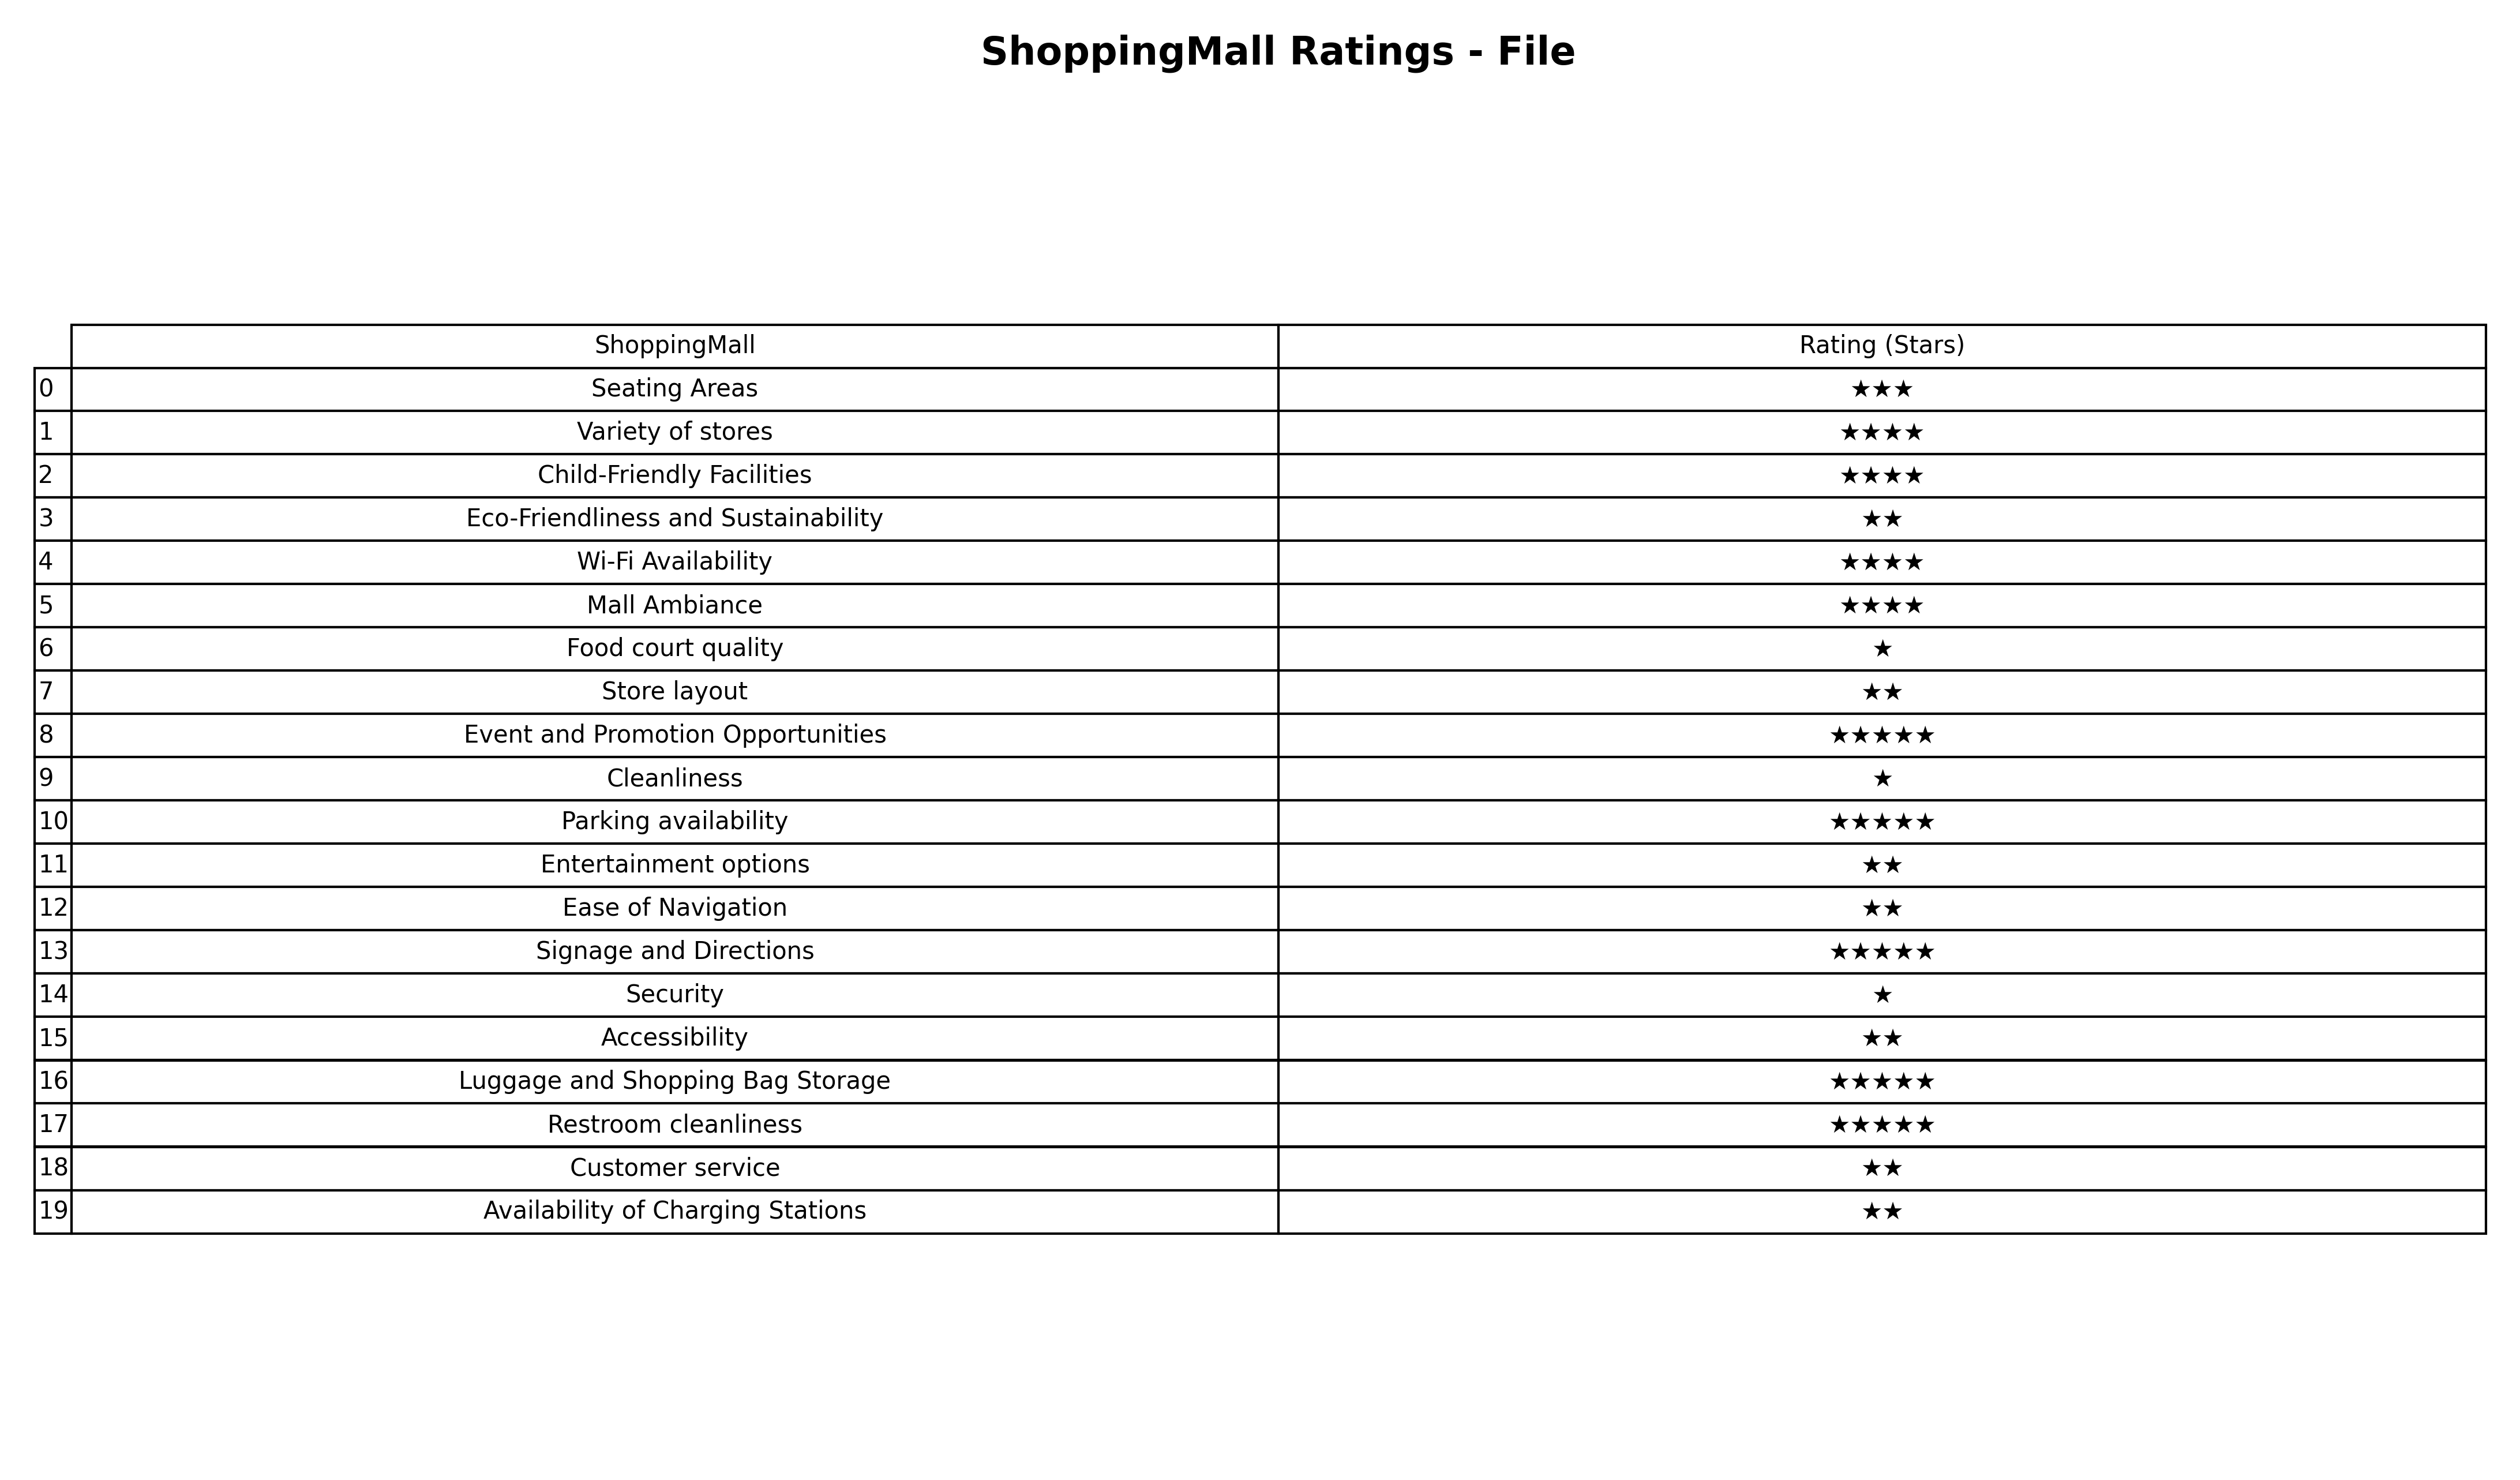
question: What is the rating of Variety of stores?
answer: ★★★★